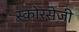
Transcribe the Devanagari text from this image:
स्कोरसेजी